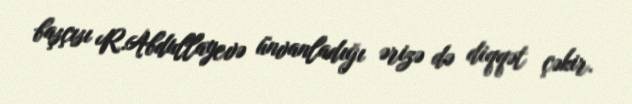
başçısı R.Abdullayevə ünvanladığı ərizə də diqqət çəkir.